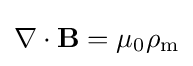
\nabla \cdot \mathbf {B} =\mu _{0}\rho _{\mathrm {m} }